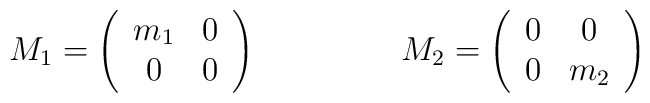
M_1 = \left( \begin{array}{cc} m_1 & 0 \\ 0 & 0 \end{array}\right)\ \ \ \ \ \ \ \ \ \ \ \ \ M_2 = \left( \begin{array}{cc} 0 &  0 \\ 0 & m_2 \end{array}\right)